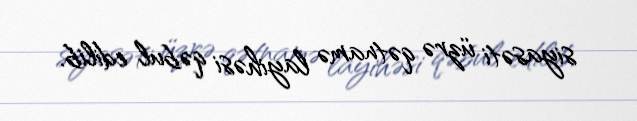
siyasəti üzrə qətnamə layihəsi qəbul edilib.